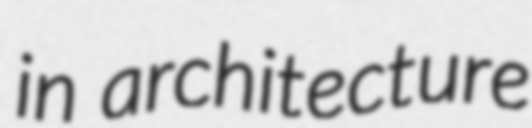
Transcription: in architecture